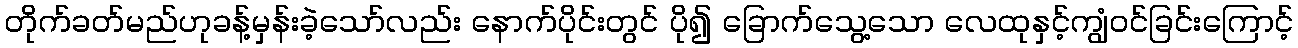
တိုက်ခတ်မည်ဟုခန့်မှန်းခဲ့သော်လည်း နောက်ပိုင်းတွင် ပို၍ ခြောက်သွေ့သော လေထုနှင့်ကျွံဝင်ခြင်းကြောင့်